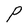
Character: P